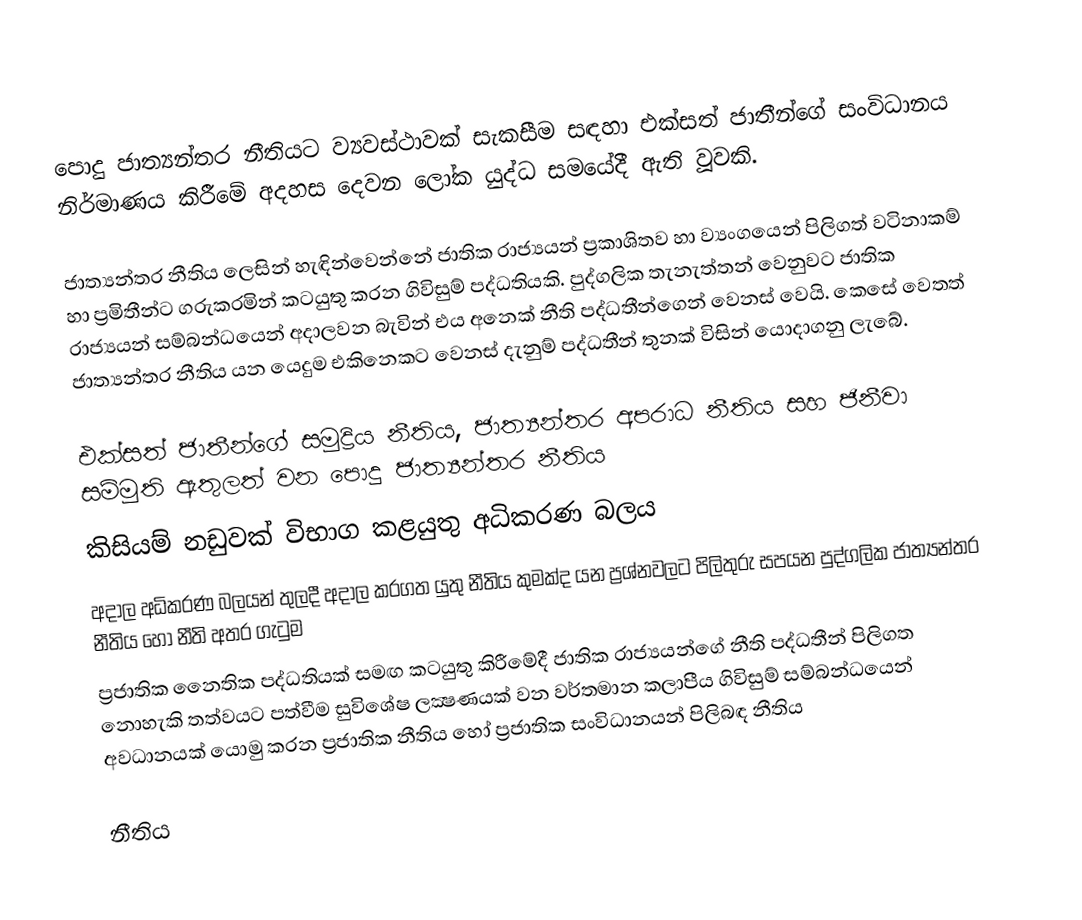
පොදු ජාත්‍යන්තර නීතියට ව්‍යවස්ථාවක් සැකසීම සඳහා එක්සත් ජාතීන්ගේ සංවිධානය නිර්මාණය කිරීමේ අදහස දෙවන ලෝක යුද්ධ සමයේදී ඇති වූවකි.

ජාත්‍යන්තර නීතිය ලෙසින් හැඳින්වෙන්නේ ජාතික රාජ්‍යයන් ප්‍රකාශිතව හා ව්‍යංගයෙන් පිලිගත් වටිනාකම් හා ප්‍රමිතීන්ට ගරුකරමින් කටයුතු කරන ගිවිසුම් පද්ධතියකි. පුද්ගලික තැනැත්තන් වෙනුවට ජාතික රාජ්‍යයන් සම්බන්ධයෙන් අදාලවන බැවින් එය අනෙක් නීති පද්ධතීන්ගෙන් වෙනස් වෙයි. කෙසේ වෙතත් ජාත්‍යන්තර නීතිය යන යෙදුම එකිනෙකට වෙනස් දැනුම් පද්ධතීන් තුනක් විසින් යොදාගනු ලැබේ.

 එක්සත් ජාතීන්ගේ සමුද්‍රිය නීතිය, ජාත්‍යන්තර අපරාධ නීතිය සහ ජිනීවා සම්මුති ඇතුලත් වන පොදු ජාත්‍යන්තර නීතිය
කිසියම් නඩුවක් විභාග කළයුතු අධිකරණ බලය
අදාල අධිකරණ බලයන් තුලදී අදාල කරගත යුතු නීතිය කුමක්ද යන ප්‍රශ්නවලට පිලිතුරු සපයන පුද්ගලික ජාත්‍යන්තර නීතිය හෝ නීති අතර ගැටුම
ප්‍රජාතික නෛතික පද්ධතියක් සමඟ කටයුතු කිරීමේදී ජාතික රාජ්‍යයන්ගේ නීති පද්ධතීන් පිලිගත නොහැකි තත්වයට පත්වීම සුවිශේෂ ලක්‍ෂණයක් වන වර්තමාන කලාපීය ගිවිසුම් සම්බන්ධයෙන් අවධානයක් යොමු කරන ප්‍රජාතික නීතිය හෝ ප්‍රජාතික සංවිධානයන් පිලිබඳ නීතිය

 නීතිය